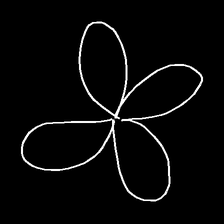
Glyph: billowing